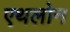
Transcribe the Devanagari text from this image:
एथलोन